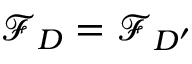
\mathcal { F } _ { D } = \mathcal { F } _ { D ^ { \prime } }